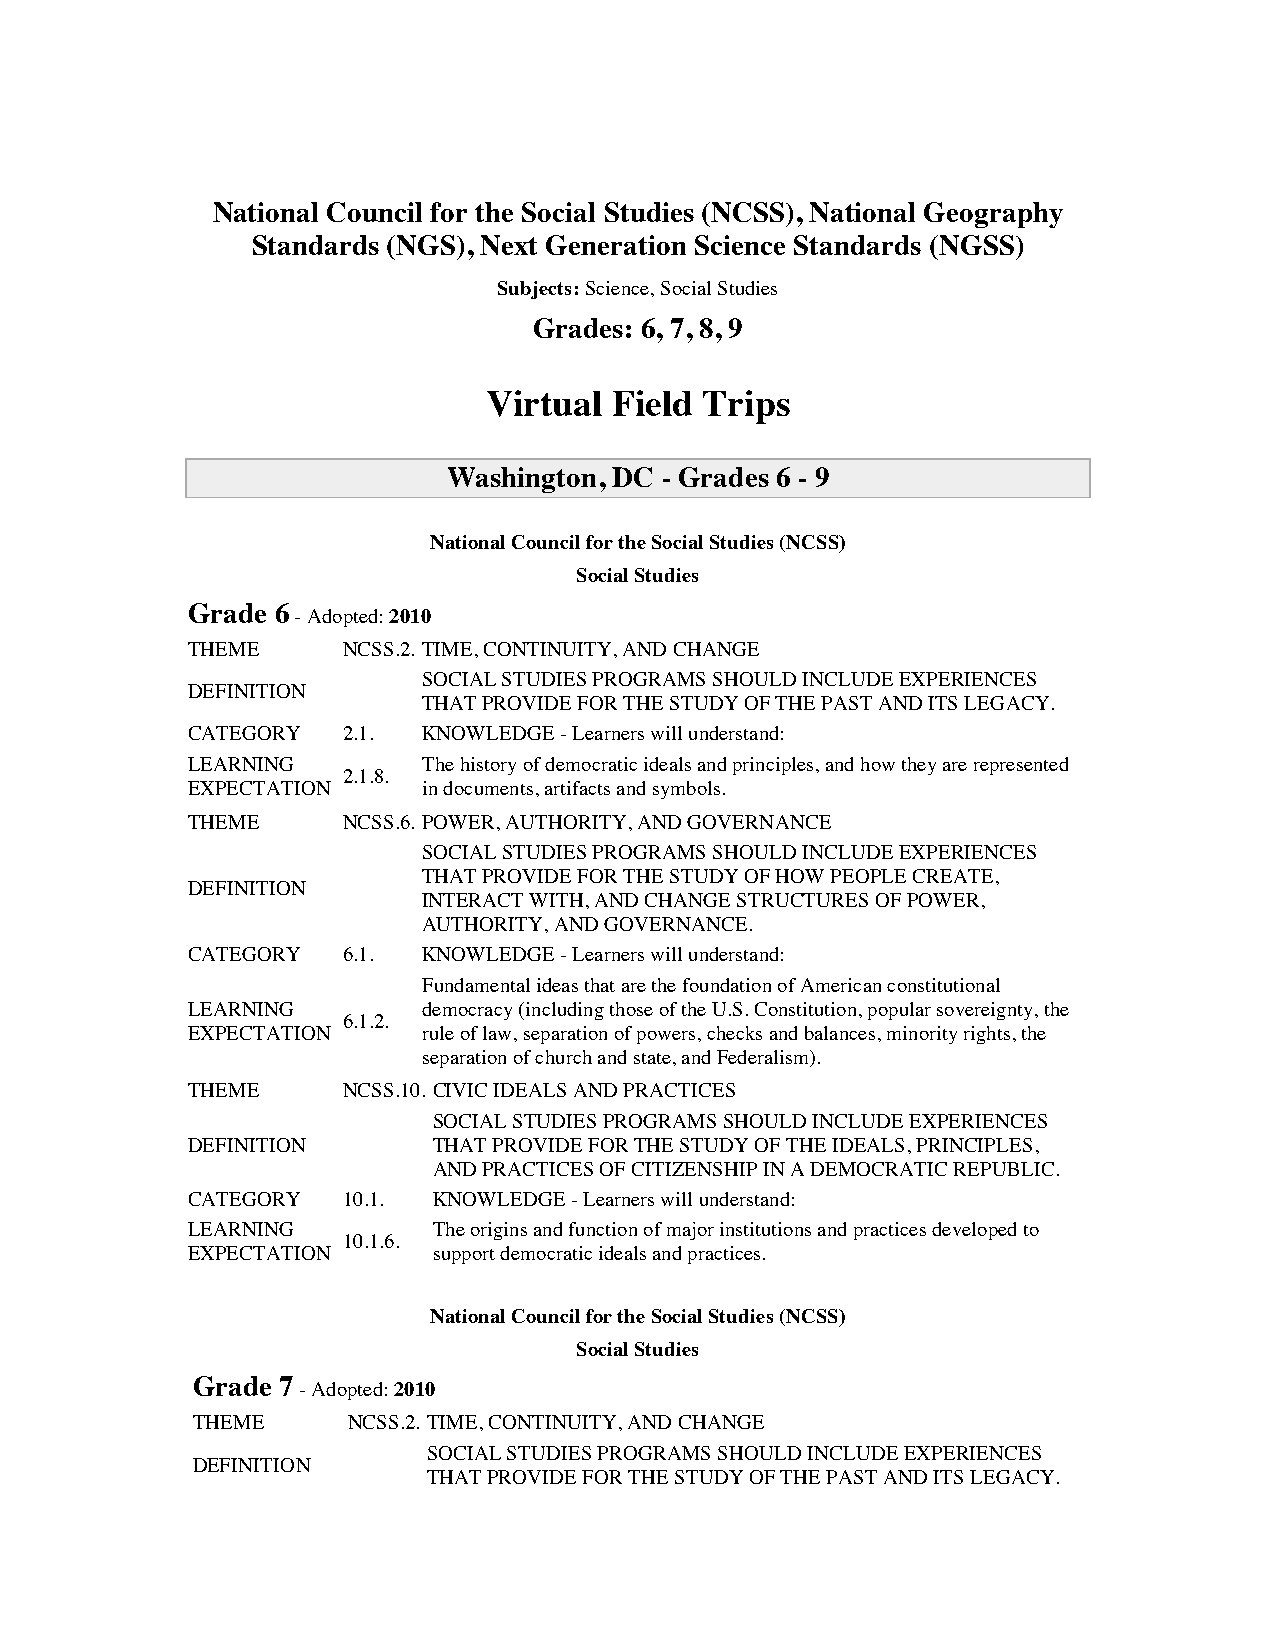
National Council for the Social Studies (NCSS), National Geography
 Standards (NGS), Next Generation Science Standards (NGSS)
 Subjects: Science, Social Studies
 Grades: 6, 7, 8, 9
 Virtual  Field Trips
 Washington, DC - Grades 6 - 9
 National Council for the Social Studies (NCSS)
 Social Studies
 Grade 6
 - Adopted: 2010
 THEME      NCSS.2. TIME, CONTINUITY, AND CHANGE
 SOCIAL STUDIES PROGRAMS SHOULD INCLUDE EXPERIENCES
 DEFINITION
 THAT PROVIDE FOR THE STUDY OF THE PAST AND ITS LEGACY.
 CATEGORY   2.1. KNOWLEDGE - Learners will understand:
 LEARNING        The history of democratic ideals and principles, and how they are represented
 2.1.8.
 EXPECTATION     in documents, artifacts and symbols.
 THEME      NCSS.6. POWER, AUTHORITY, AND GOVERNANCE
 SOCIAL STUDIES PROGRAMS SHOULD INCLUDE EXPERIENCES
 THAT PROVIDE FOR THE STUDY OF HOW PEOPLE CREATE,
 DEFINITION
 INTERACT WITH, AND CHANGE STRUCTURES OF POWER,
 AUTHORITY, AND GOVERNANCE.
 CATEGORY   6.1. KNOWLEDGE - Learners will understand:
 Fundamental ideas that are the foundation of American constitutional
 LEARNING        democracy (including those of the U.S. Constitution, popular sovereignty, the
 6.1.2.
 EXPECTATION     rule of law, separation of powers, checks and balances, minority rights, the
 separation of church and state, and Federalism).
 THEME      NCSS.10. CIVIC IDEALS AND PRACTICES
 SOCIAL STUDIES PROGRAMS SHOULD INCLUDE EXPERIENCES
 DEFINITION       THAT PROVIDE FOR THE STUDY OF THE IDEALS, PRINCIPLES,
 AND PRACTICES OF CITIZENSHIP IN A DEMOCRATIC REPUBLIC.
 CATEGORY   10.1. KNOWLEDGE - Learners will understand:
 LEARNING         The origins and function of major institutions and practices developed to
 10.1.6.
 EXPECTATION      support democratic ideals and practices.
 National Council for the Social Studies (NCSS)
 Social Studies
 Grade 7
 - Adopted: 2010
 THEME     NCSS.2. TIME, CONTINUITY, AND CHANGE
 SOCIAL STUDIES PROGRAMS SHOULD INCLUDE EXPERIENCES
 DEFINITION
 THAT PROVIDE FOR THE STUDY OF THE PAST AND ITS LEGACY.